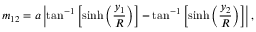
m _ { 1 2 } = a \left| \tan ^ { - 1 } \left[ \sinh \left( { \frac { y _ { 1 } } { R } } \right) \right] - \tan ^ { - 1 } \left[ \sinh \left( { \frac { y _ { 2 } } { R } } \right) \right] \right| ,